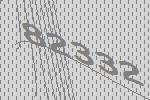
82332